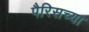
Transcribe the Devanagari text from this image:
पैरिसच्या